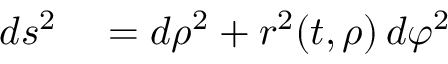
\begin{array} { r l } { d s ^ { 2 } } & { { } = d \rho ^ { 2 } + r ^ { 2 } ( t , \rho ) \, d \varphi ^ { 2 } } \end{array}